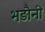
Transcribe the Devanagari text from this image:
भड़ौनी